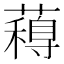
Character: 𮒋